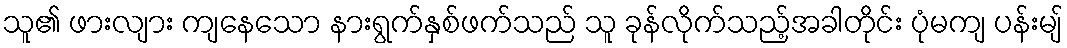
သူ၏ ဖားလျား ကျနေသော နားရွက်နှစ်ဖက်သည် သူ ခုန်လိုက်သည့်အခါတိုင်း ပုံမကျ ပန်းမျ်